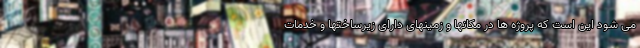
می شود این است که پروژه ها در مکانها و زمینهای دارای زیرساختها و خدمات